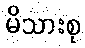
မိသားစု